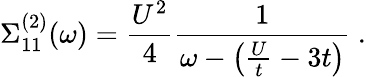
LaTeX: \Sigma_{11}^{(2)}(\omega)=\frac{U^{2}}{4}\frac{1}{\omega-\left(\frac{U}{t}-3t\right)}\ .